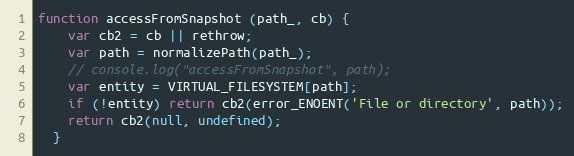
Language: JavaScript
function accessFromSnapshot (path_, cb) {
    var cb2 = cb || rethrow;
    var path = normalizePath(path_);
    // console.log("accessFromSnapshot", path);
    var entity = VIRTUAL_FILESYSTEM[path];
    if (!entity) return cb2(error_ENOENT('File or directory', path));
    return cb2(null, undefined);
  }